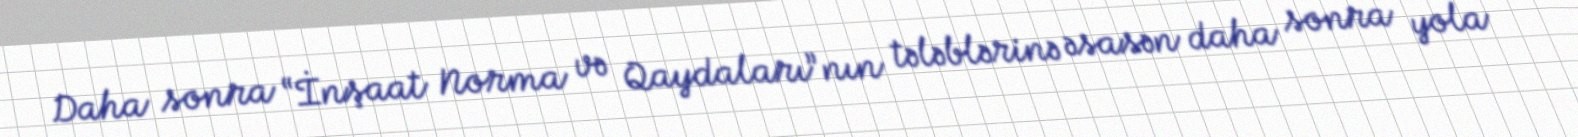
Daha sonra “İnşaat Norma və Qaydaları”nın tələblərinə əsasən daha sonra yola